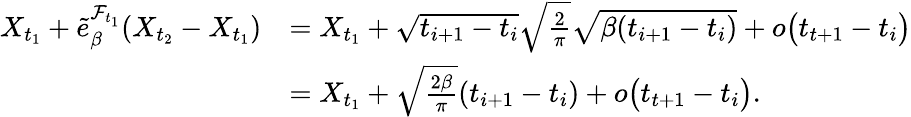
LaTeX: \begin{array}{rl}{X_{t_{1}}+\tilde{e}_{\beta}^{\mathcal{F}_{t_{1}}}(X_{t_{2}}-X_{t_{1}})}&{=X_{t_{1}}+\sqrt{t_{i+1}-t_{i}}\sqrt{\frac{2}{\pi}}\sqrt{\beta(t_{i+1}-t_{i})}+o\bigl(t_{t+1}-t_{i}\bigr)}\\ &{=X_{t_{1}}+\sqrt{\frac{2\beta}{\pi}}(t_{i+1}-t_{i})+o\bigl(t_{t+1}-t_{i}\bigr).}\end{array}